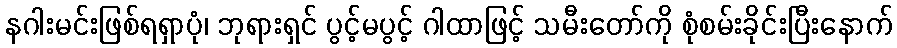
နဂါးမင်းဖြစ်ရရှာပုံ၊ ဘုရားရှင် ပွင့်မပွင့် ဂါထာဖြင့် သမီးတော်ကို စုံစမ်းခိုင်းပြီးနောက်